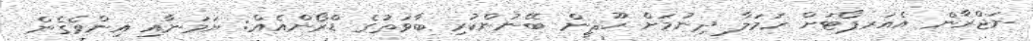
ނަޖްރާން އެއަރޕޯޓަށް ހަމަލާ ދިނުމަށް ހޫޘީން ބޭނުންކުރި ބާވަތުގެ ޑްރޯންއެއް: ޔަމަނާއި އިންވެގެން